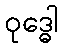
ဝုဒ္ဓေါ